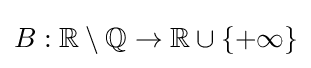
B:\mathbb {R} \setminus \mathbb {Q} \to \mathbb {R} \cup \{+\infty \}